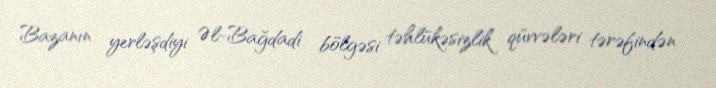
Bazanın yerləşdiyi Əl-Bağdadi bölgəsi təhlükəsizlik qüvvələri tərəfindən